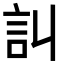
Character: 訆